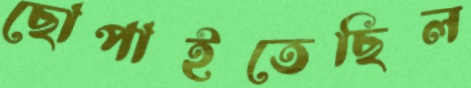
ছোপাইতেছিল